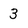
Character: 3